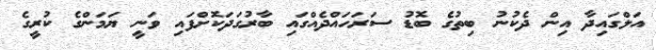
އަލްގައިދާ އިން ދެކުނު ބިތުގެ ބޮޑު ސަރަހައްދެއްގައި ބާރުގަދަކޮށްފައި ވަނީ ޔަމަންގެ ކުރީގެ